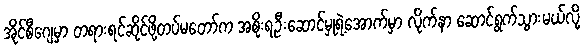
အိုင်စီဂျေမှာ တရားရင်ဆိုင်ဖို့တပ်မတော်က အစိုးရဦးဆောင်မှုရဲ့အောက်မှာ လိုက်နာ ဆောင်ရွက်သွားမယ်လို့